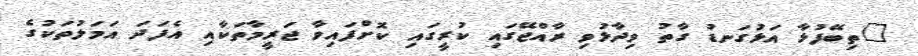
"ތިބޭފުޅާ އަޅުގަނޑު ގާތު ވިދާޅުވި ރާއްޖޭގައި ކުރީގައި ކޮށްފައިވާ ޖަރީމާތަކާއި އެފަދަ އަމަލުތަކުގެ